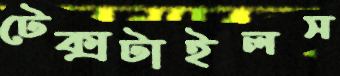
টেক্সটাইলস